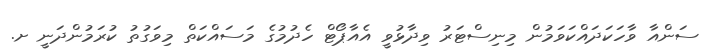
ސަންއާ ވާހަކަދައްކަވަމުން މިނިސްޓަރު ވިދާޅުވީ އެއާޕޯޓް ހެދުމުގެ މަސައްކަތް މިވަގުތު ކުރަމުންދަނީ ށ.